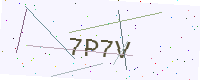
Text: 7P7V